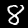
Digit: 8